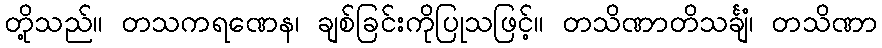
တို့သည်။ တသကရဏေန၊ ချစ်ခြင်းကိုပြုသဖြင့်။ တသိဏာတိသင်္ချံ၊ တသိဏာ